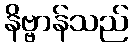
နိဗ္ဗာန်သည်